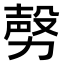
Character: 𣪤